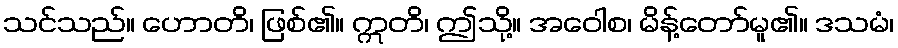
သင်သည်။ ဟောတိ၊ ဖြစ်၏။ ဣတိ၊ ဤသို့။ အဝေါစ၊ မိန့်တော်မူ၏။ ဒသမံ၊